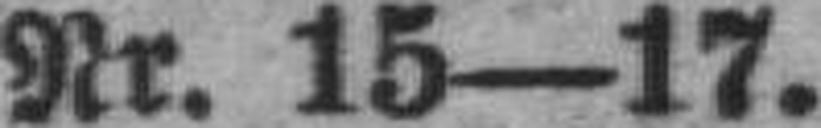
Nr. 15—17.